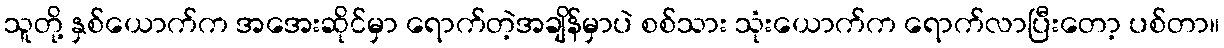
သူတို့ နှစ်ယောက်က အအေးဆိုင်မှာ ရောက်တဲ့အချိန်မှာပဲ စစ်သား သုံးယောက်က ရောက်လာပြီးတော့ ပစ်တာ။